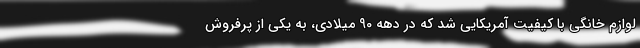
لوازم خانگی با کیفیت آمریکایی شد که در دهه 90 میلادی، به یکی از پرفروش